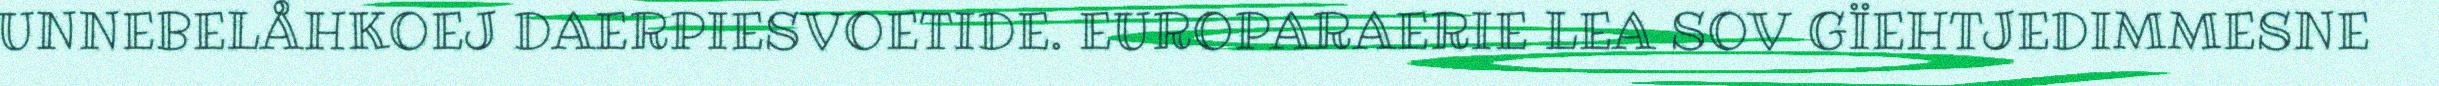
UNNEBELÅHKOEJ DAERPIESVOETIDE. EUROPARAERIE LEA SOV GÏEHTJEDIMMESNE